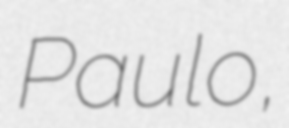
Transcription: Paulo,